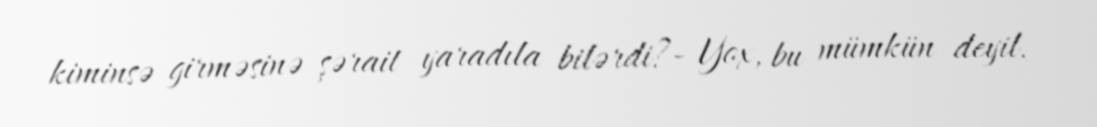
kiminsə girməsinə şərait yaradıla bilərdi?- Yox, bu mümkün deyil.